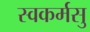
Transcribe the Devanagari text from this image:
स्वकर्मसु